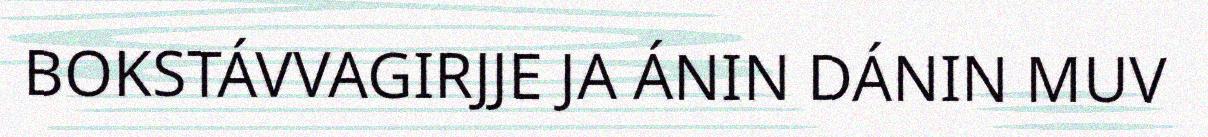
BOKSTÁVVAGIRJJE JA ÁNIN DÁNIN MUV